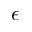
\epsilon